Madras plague regulations and rules for district municipalities and other towns and villages
Disease focus: Plague
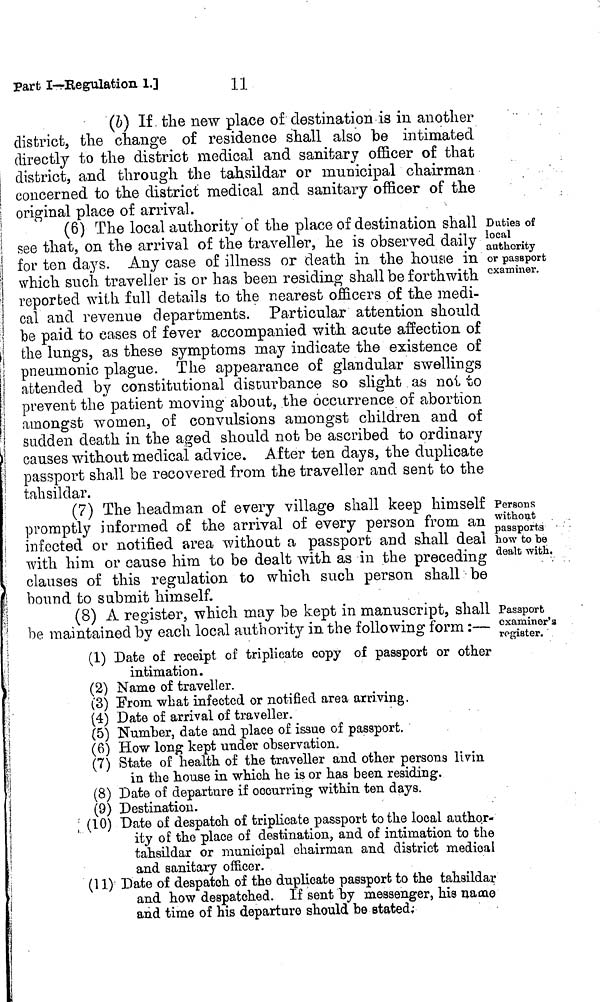
11
part I-Regulation L]
(b) If. the new place of destination is in another
district, the change of residence shall also be intimated
directly to the district medical and sanitary officer of that
district, and through the tahsildar or municipal chairman
I concerned to the district medical and sanitary officer of the
j original place of arrival.
Duties of
local
authority
or passport
examiner.
(6) The local authority of the place of destination shall
see that, on the arrival of the traveller, he is observed daily
for ten days. Any case of illness or death in the house in
which such traveller is or has been residing shall be forthwith
reported with, full details to the nearest officers of the medi-
cal and revenue departments. Particular attention should
be paid to eases of fever accompanied with acute affection of
the lungs, as these symptoms may indicate the existence of
pneumonic plague. The appearance of glandular swellings
attended by constitutional disturbance so slight as not to
prevent the patient moving about, the occurrence of abortion
amongst women, of convulsions amongst children and of
sudden death in the aged should not be ascribed to ordinary
causes without medical advice. After ten days, the duplicate
passport shall be recovered from the traveller and sent to the
tahsildar.
Persons
without
passports
how to be
dealt with.
(7) The headman of every village shall keep himself
promptly informed of the arrival of every person from an
infected or notified area without a passport and shall deal
with him or cause him to be dealt with as in the preceding
clauses of this regulation to which such person shall be
bound to submit himself.
Passport
examiner'3
register.
(8) A register, which may be kept in manuscript, shall
be maintained by each local authority in the following form :—
(1) Date of receipt of triplicate copy of passport or other
intimation.
(2) Name of traveller.
(3) From what infected or notified area arriving.
(4) Date of arrival of traveller.
(5) Number, date and place of issue of passport.
(6) How long kept under observation.
(7) State of health of the traveller and other persons livin
in the house in which he is or has been residing.
(8) Date of departure if occurring within ten days.
(9) Destination.
(10) Date of despatch of triplicate passporb to the local author-
ity of the place of destination, and of intimation to the
tahsildar or municipal chairman and district medical
and sanitary officer.
(11) Date of despatch of the duplicate passport to the tahsildar
and how despatched. If sent by messenger, his name
and time of his departure should be stated;